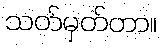
သတ်မှတ်တာ။